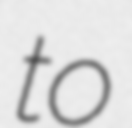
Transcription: to